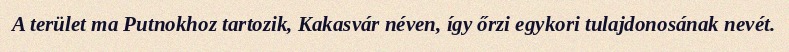
A terület ma Putnokhoz tartozik, Kakasvár néven, így őrzi egykori tulajdonosának nevét.